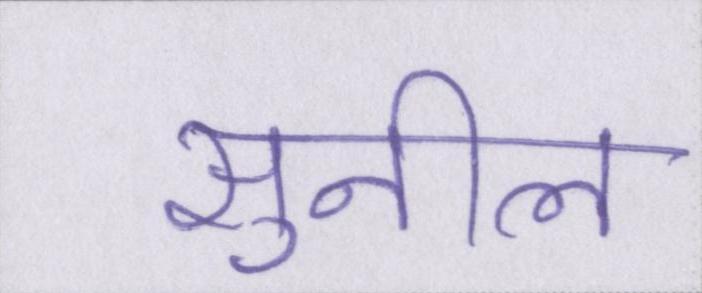
सुनील